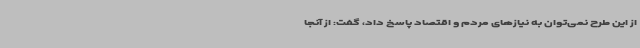
از این طرح نمی‌توان به نیازهای مردم و اقتصاد پاسخ داد، گفت: از آنجا